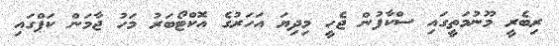
ރިބެރީ މޫނުމަތީގައި ސްކާފުން ޖެހީ މިދިޔަ އަހަރުގެ އޮކްޓޯބަރު މަހު ޖާމަން ކަޕްގައި